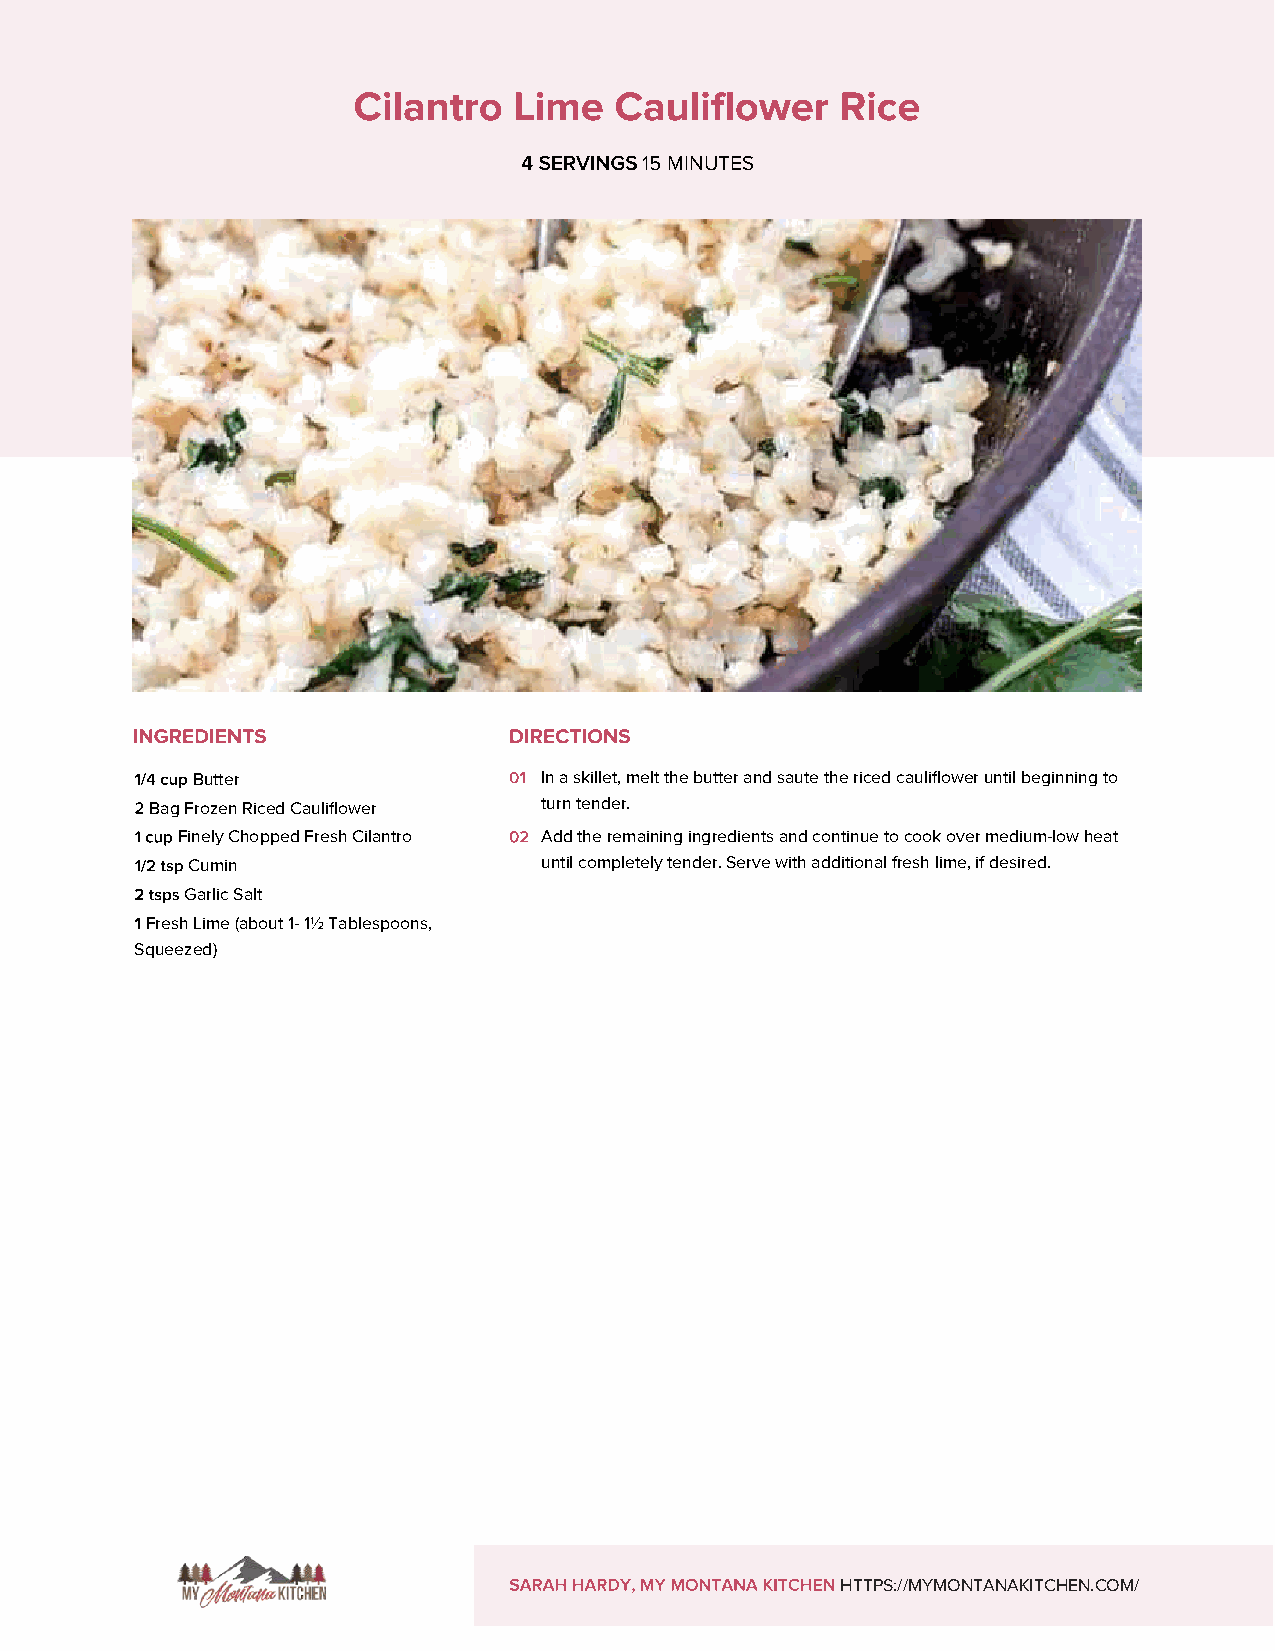
15 MINUTES
 Butter                 In a skillet, melt the butter and saute the riced cauliflower until beginning to
 Bag Frozen Riced Cauliflower turn tender.
 Finely Chopped Fresh Cilantro Add the remaining ingredients and continue to cook over medium-low heat
 Cumin                   until completely tender. Serve with additional fresh lime, if desired.
 Garlic Salt
 Fresh Lime (about 1- 1½ Tablespoons,
 Squeezed)
 HTTPS://MYMONTANAKITCHEN.COM/